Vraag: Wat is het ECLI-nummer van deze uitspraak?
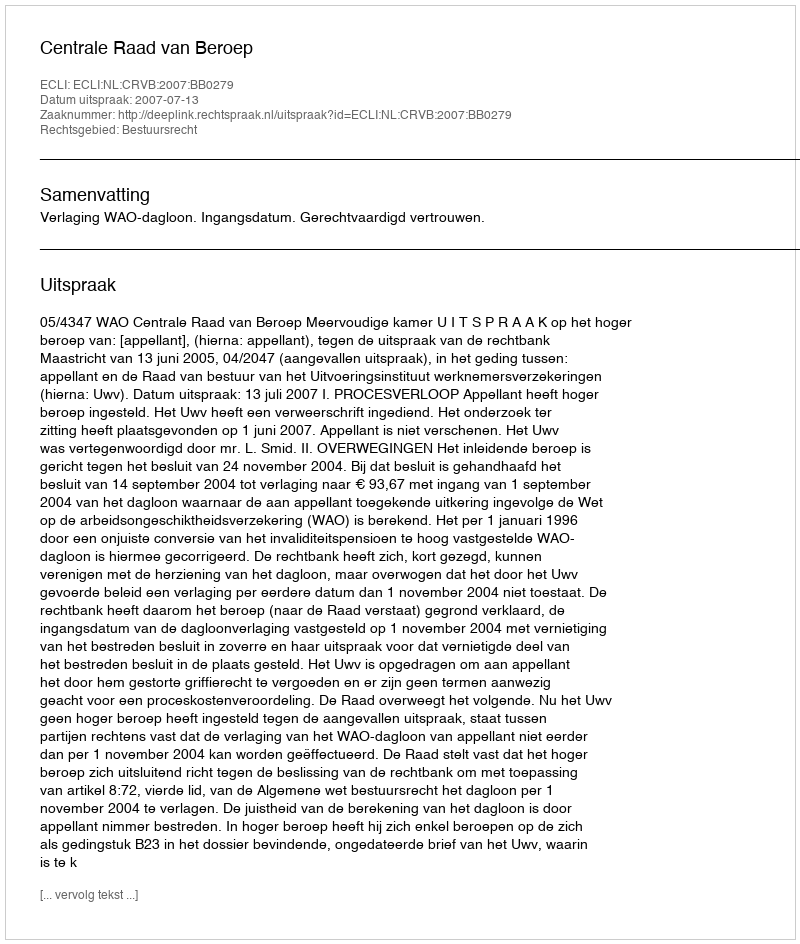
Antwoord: ECLI:NL:CRVB:2007:BB0279